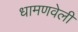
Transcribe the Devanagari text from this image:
धामणवेली